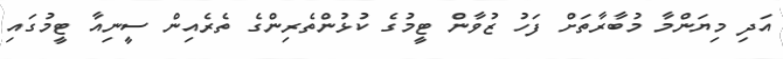
އަދި މިޔަންމާ މުބާރާތަށް ފަހު ޒުވާން ޓީމުގެ ކުޅުންތެރިންގެ ތެރެއިން ސީނިއާ ޓީމުގައި